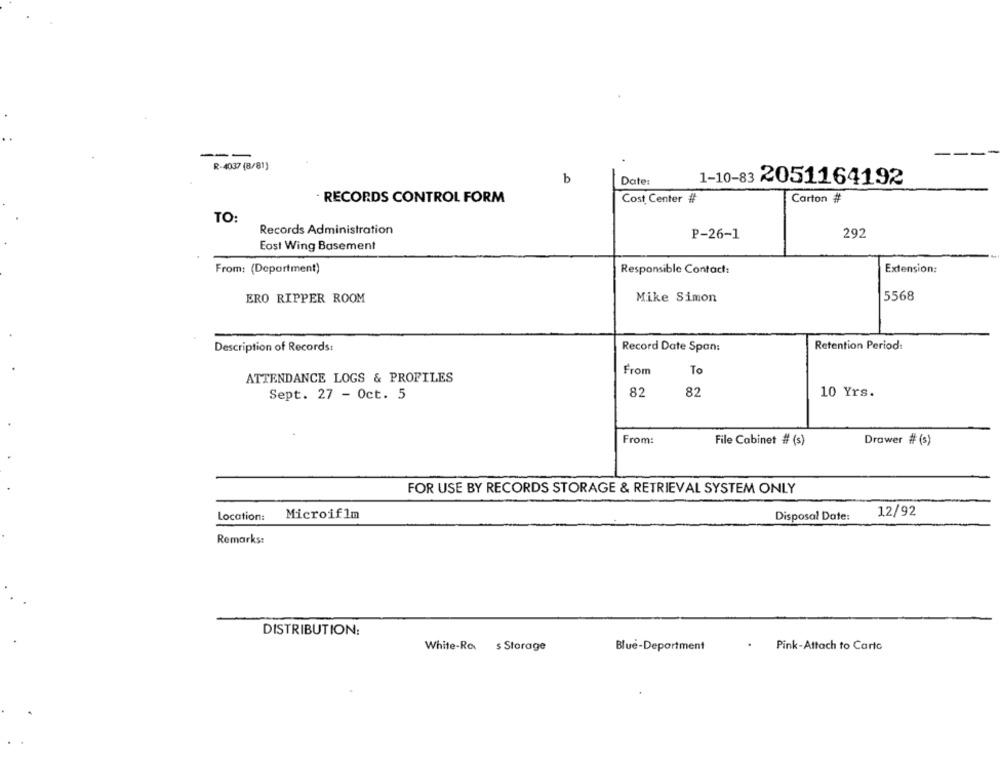
R-4037 (8/81)
b
Date:
1-10-83 2051164192
RECORDS CONTROL FORM
Cost Center #
Carton #
TO:
Records Administration
P-26-1
292
East Wing Basement
Extension:
From: (Department)
Responsible Contact:
ERO RIPPER ROOM
Mike Simon
5568
Description of Records:
Record Date Span:
Retention Period
From
To
ATTENDANCE LOGS & PROFILES
Sept. 27 - Oct. 5
82
82
10 Yrs.
From:
File Cabinet # (s)
Drawer # (s)
FOR USE BY RECORDS STORAGE & RETRIEVAL SYSTEM ONLY
12/92
Location:
MicroifIm
Disposal Date:
Remarks:
DISTRIBUTION:
White-Ra $ Storage
Blue-Department
Pink-Attach to Carte